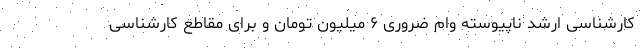
کارشناسی ارشد ناپیوسته وام ضروری ۶ میلیون تومان و برای مقاطع کارشناسی